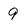
Character: 9